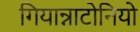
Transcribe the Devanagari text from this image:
गियान्नाटोनियो